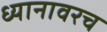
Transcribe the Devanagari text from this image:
ध्यानावरच